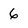
Character: 6